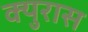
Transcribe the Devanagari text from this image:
क्युरास